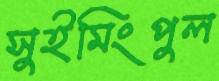
সুইমিংপুল